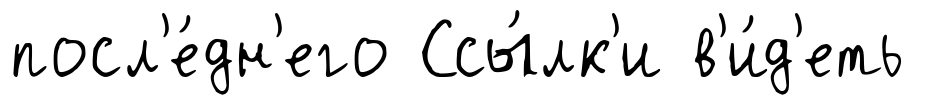
посл'е́дн'его Ссы́лк'и в'и́д'еть